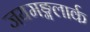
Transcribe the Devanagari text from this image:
जयमङ्गलार्क